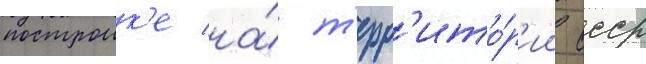
построик'е на́ т'ерр'ито́р'ии ссср